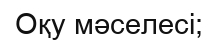
Оқу мәселесі;